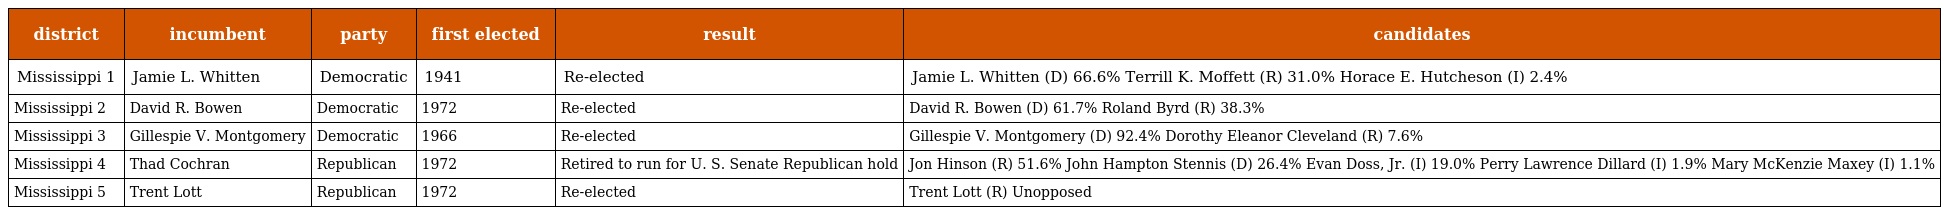
| district | incumbent | party | first elected | result | candidates |
 | --- | --- | --- | --- | --- | --- |
 | Mississippi 1 | Jamie L. Whitten | Democratic | 1941 | Re-elected | Jamie L. Whitten (D) 66.6% Terrill K. Moffett (R) 31.0% Horace E. Hutcheson (I) 2.4% |
 | Mississippi 2 | David R. Bowen | Democratic | 1972 | Re-elected | David R. Bowen (D) 61.7% Roland Byrd (R) 38.3% |
 | Mississippi 3 | Gillespie V. Montgomery | Democratic | 1966 | Re-elected | Gillespie V. Montgomery (D) 92.4% Dorothy Eleanor Cleveland (R) 7.6% |
 | Mississippi 4 | Thad Cochran | Republican | 1972 | Retired to run for U. S. Senate Republican hold | Jon Hinson (R) 51.6% John Hampton Stennis (D) 26.4% Evan Doss, Jr. (I) 19.0% Perry Lawrence Dillard (I) 1.9% Mary McKenzie Maxey (I) 1.1% |
 | Mississippi 5 | Trent Lott | Republican | 1972 | Re-elected | Trent Lott (R) Unopposed |